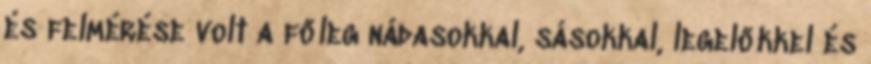
és felmérése volt a főleg nádasokkal, sásokkal, legelőkkel és